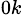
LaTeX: _{0k}